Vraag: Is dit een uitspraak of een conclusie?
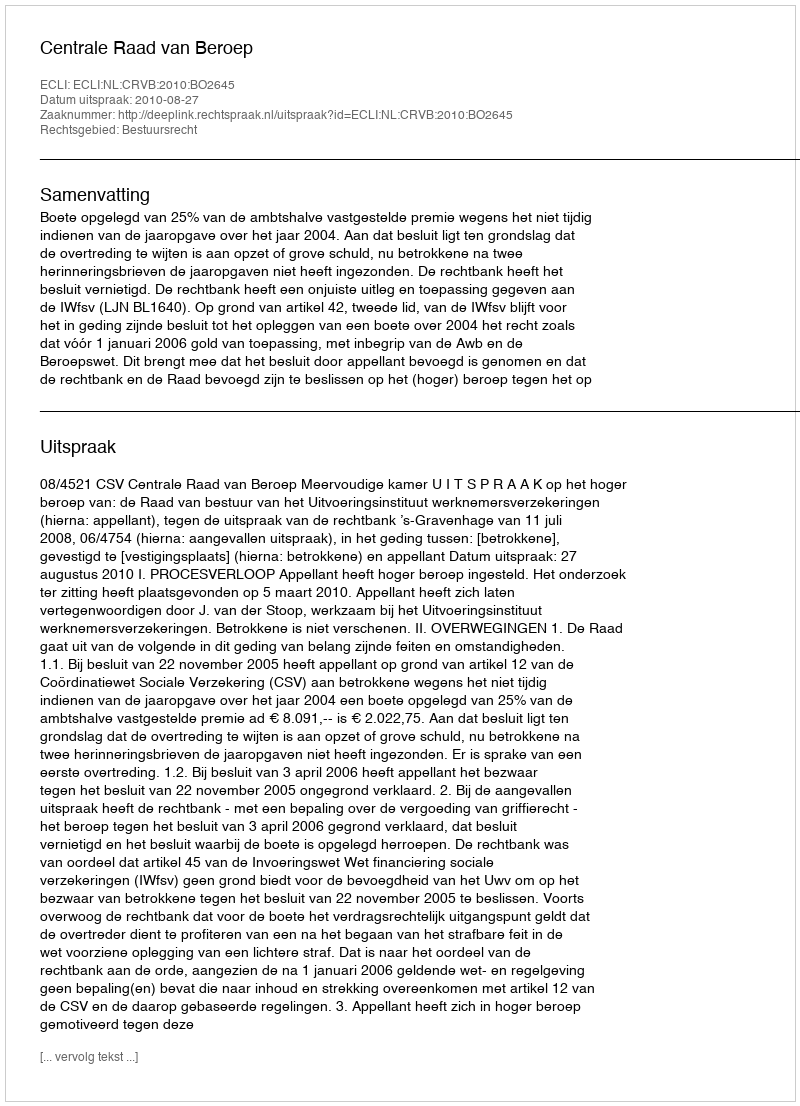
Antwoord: Uitspraak